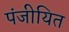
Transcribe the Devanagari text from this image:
पंजीयित